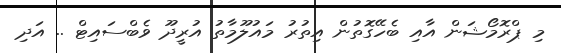
މި ޕްރޮމޯޝަން އާއި ބެހޭގޮތުން އިތުރު މައުލޫމާތު އުރީދޫ ވެބްސައިޓް .. އަދި